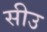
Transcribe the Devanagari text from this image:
सीउ